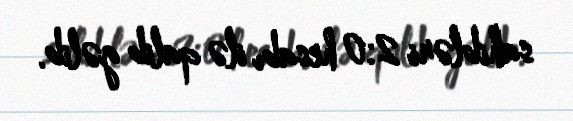
sahibləri 2:0 hesabı ilə qalib gəlib.